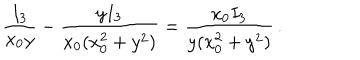
\frac { I _ { 3 } } { x _ { 0 } y } - \frac { y I _ { 3 } } { x _ { 0 } ( x _ { 0 } ^ { 2 } + y ^ { 2 } ) } = \frac { x _ { 0 } I _ { 3 } } { y ( x _ { 0 } ^ { 2 } + y ^ { 2 } ) } \, .